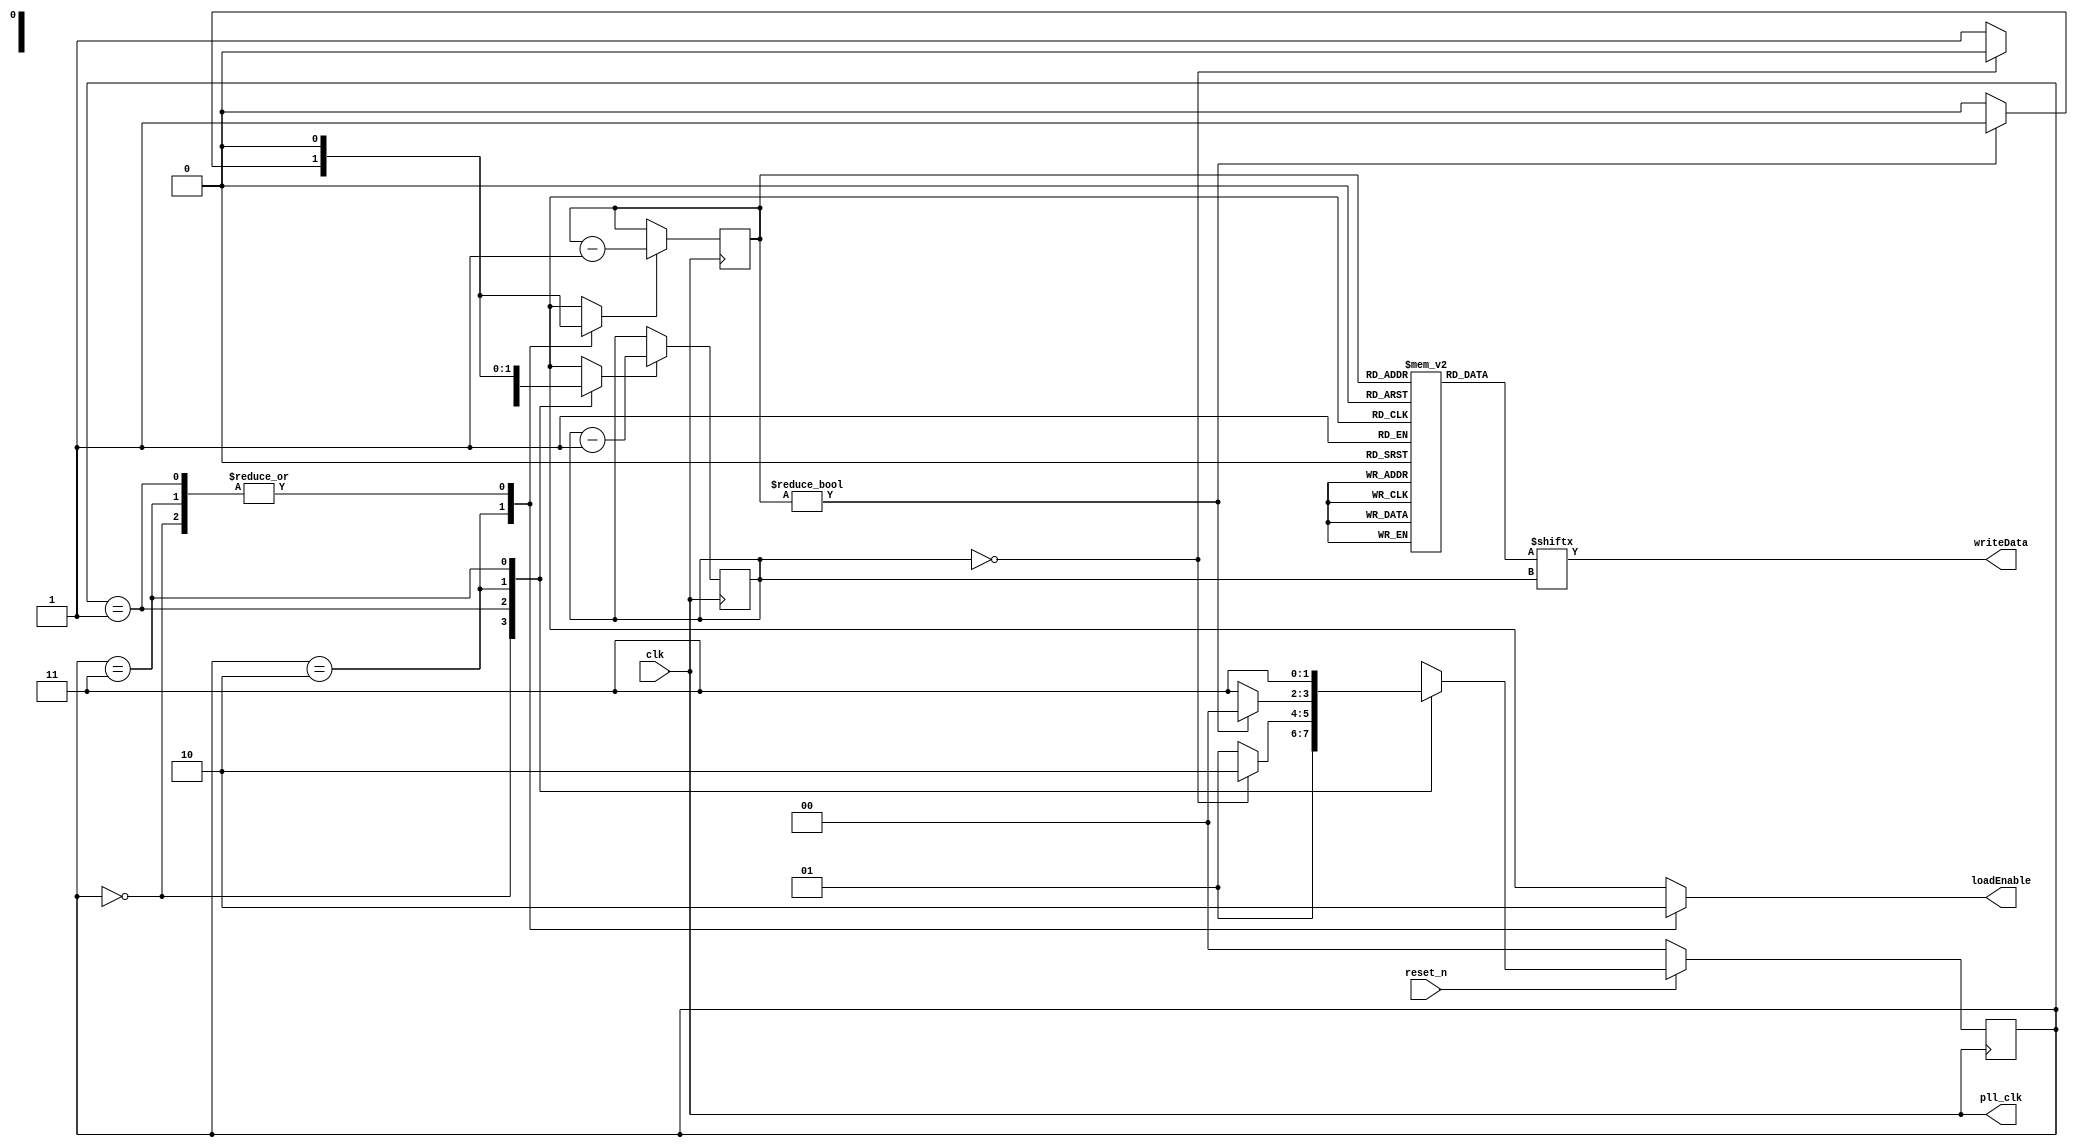
module PLL_ADF4158(
	input clk,
	input reset_n,
	output reg writeData,
	output reg loadEnable,
	output pll_clk
	);
	
	localparam s0 = 2'b00;
	localparam s1 = 2'b01;
	localparam s2 = 2'b10;
	localparam s3 = 2'b11;
	localparam num_registers_to_set = 8;
	
	reg [31:0] writeDataArray [num_registers_to_set - 1:0];
	reg [31:0] current_register;
	reg [1:0] nextState, state;
	reg [4:0] bit_counter;
	reg [2:0] register_counter;
	reg dec_register_counter, dec_bit_counter;

	assign pll_clk = clk;
	
	initial begin
		state = s0;
		bit_counter = 31;
		register_counter = num_registers_to_set - 1;
		dec_register_counter = 0;
		dec_bit_counter = 0;
		loadEnable = 0;
		writeDataArray[0] = 32'b1_0000_000011000110_000000000000_000;       //reg 0
		writeDataArray[1] = 32'b0000_0000000000000_000000000000_001;        //reg 1
		writeDataArray[2] = 32'b000_0_1111_0_1_1_0_00001_000000000001_010;  //reg 2
		writeDataArray[3] = 32'b0000000000000000_1_0_00_01_0_0_0_0_0_0_0_011; //reg 3
		writeDataArray[4] = 32'b0_00000_0_11_00_11_000000000001_0000_100;   //reg 4
		writeDataArray[5] = 32'b00_0_0_00_0_0_0_0000_0010010101110010_101;  //reg 5 DEV SEL = 0
		writeDataArray[6] = 32'b00000000_0_00000011011010110000_110;        //reg 6 STEP SEL = 0
		writeDataArray[7] = 32'b0000_0000_0000_0000_0000_0000_0000_0_111;   //reg 7
	end
	
	
	always @ (negedge clk) begin
		if(!reset_n) begin
			state <= s0;
		end
		else begin
			state <= nextState;
		end
	end
	
	always @(negedge clk) begin
		if(dec_register_counter == 1) begin
			register_counter <= register_counter - 1;
		end
		
		if(dec_bit_counter == 1) begin
			bit_counter <= bit_counter - 1;
		end
	end
	
	
	always @ * begin
		dec_bit_counter = 0;
		dec_register_counter = 0;
		loadEnable = 0;
		current_register = writeDataArray[register_counter];
		writeData = current_register[bit_counter];
		
		case(state)
			s0: begin
				dec_bit_counter = 1;
				nextState = s1;
			end
			
			s1: begin
				if(bit_counter == 0) begin
					nextState = s2;
				end else begin
					nextState = s1;
					dec_bit_counter = 1;
				end
			end
			
			s2: begin
				loadEnable = 1;
				if(register_counter != 0) begin
					nextState = s0;
					dec_register_counter = 1;
					dec_bit_counter = 1;
				end else begin
					nextState = s3;
				end
			end
			
			s3: begin
				nextState = s3;
			end
		endcase
	end
endmodule